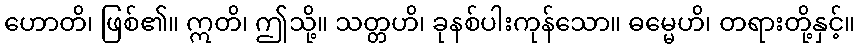
ဟောတိ၊ ဖြစ်၏။ ဣတိ၊ ဤသို့။ သတ္တဟိ၊ ခုနစ်ပါးကုန်သော။ ဓမ္မေဟိ၊ တရားတို့နှင့်။